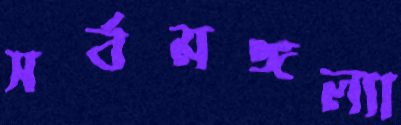
সর্বমঙ্গল্যা